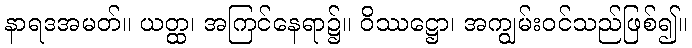
နာရဒအမတ်။ ယတ္ထ၊ အကြင်နေရာ၌။ ဝိဿဋ္ဌော၊ အကျွမ်းဝင်သည်ဖြစ်၍။